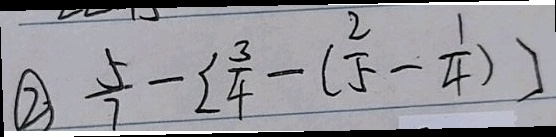
\textcircled { 2 } \frac { 5 } { 7 } - [ \frac { 3 } { 4 } - ( \frac { 2 } { 5 } - \frac { 1 } { 4 } ) ]